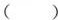
( )